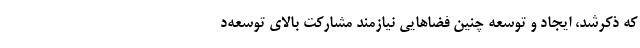
که ذکرشد، ایجاد و توسعه چنین فضاهایی نیازمند مشارکت بالای توسعه‌د